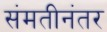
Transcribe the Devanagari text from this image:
संमतीनंतर